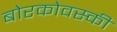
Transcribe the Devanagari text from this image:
बोरकोवस्की